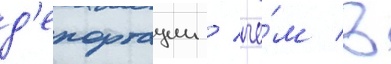
д'епортации / че́м в